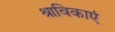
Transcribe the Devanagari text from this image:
श्राविकाएं